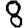
Digit: 8